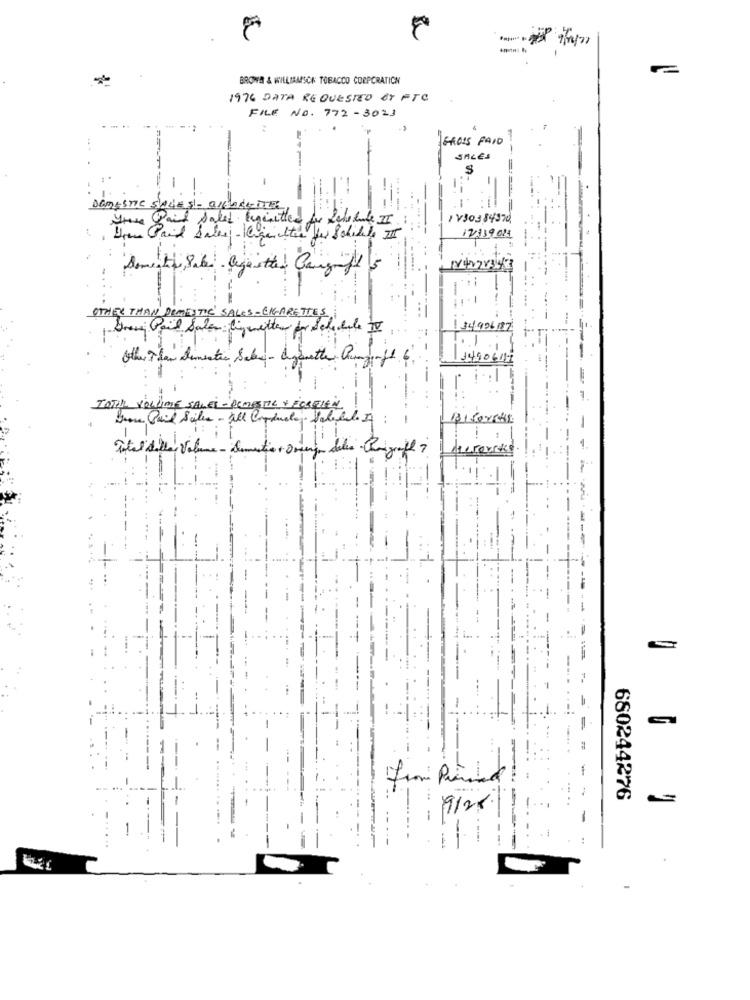
BROWA & WILLIAMSCE TOBACCO CORPORATION
1976 DATA REQUESTED OT FTC
FILE NO. 772-3023
GROSS PAID
SALES
=
DOMESTIC SALES- GIGANTER,
Ihave Paid Salad beginetter for Sale habe II.
I V303 84970
17,33901
Dementie, Sabe - lege itted Cangift 5
OTHER THAN DOMESTIC SALES- CIGARETTES
Dress Pail Salen ligenetter for Schedule IV
34996187
Other Than Domestic Sales - diyanethe Quasi -f1 6.
14906417
TOTAL VOLLIME SALET - DOMESTIC + ECERIEN
BIfor848
Total delle Volume - domestico + Oregon deles Begriff 7
-
-
680244276
.1